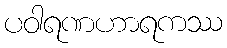
ပဝါရဏဟာရကဿ